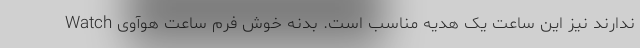
ندارند نیز این ساعت یک هدیه مناسب است. بدنه خوش فرم ساعت هوآوی Watch